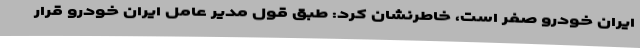
ایران خودرو صفر است، خاطرنشان کرد: طبق قول مدیر عامل ایران خودرو قرار